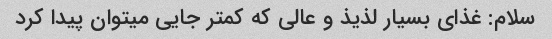
سلام: غذای بسیار لذیذ و عالی که کمتر جایی میتوان پیدا کرد